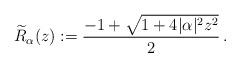
LaTeX: \begin{align*}\widetilde{R}_{\alpha}(z):=\frac{-1+\sqrt{1+4|\alpha|^2z^2}}{2} \,.\end{align*}